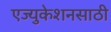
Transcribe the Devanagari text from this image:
एज्युकेशनसाठी